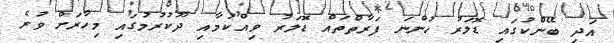
އަދި ބޭންކުގައި ޑޮލަރު ހުންނަ ފަރާތްތައް ޑޮލަރު ވިއްކުމާއި ދޫކުރުމުގައި މިހާރަށް ވުރެ